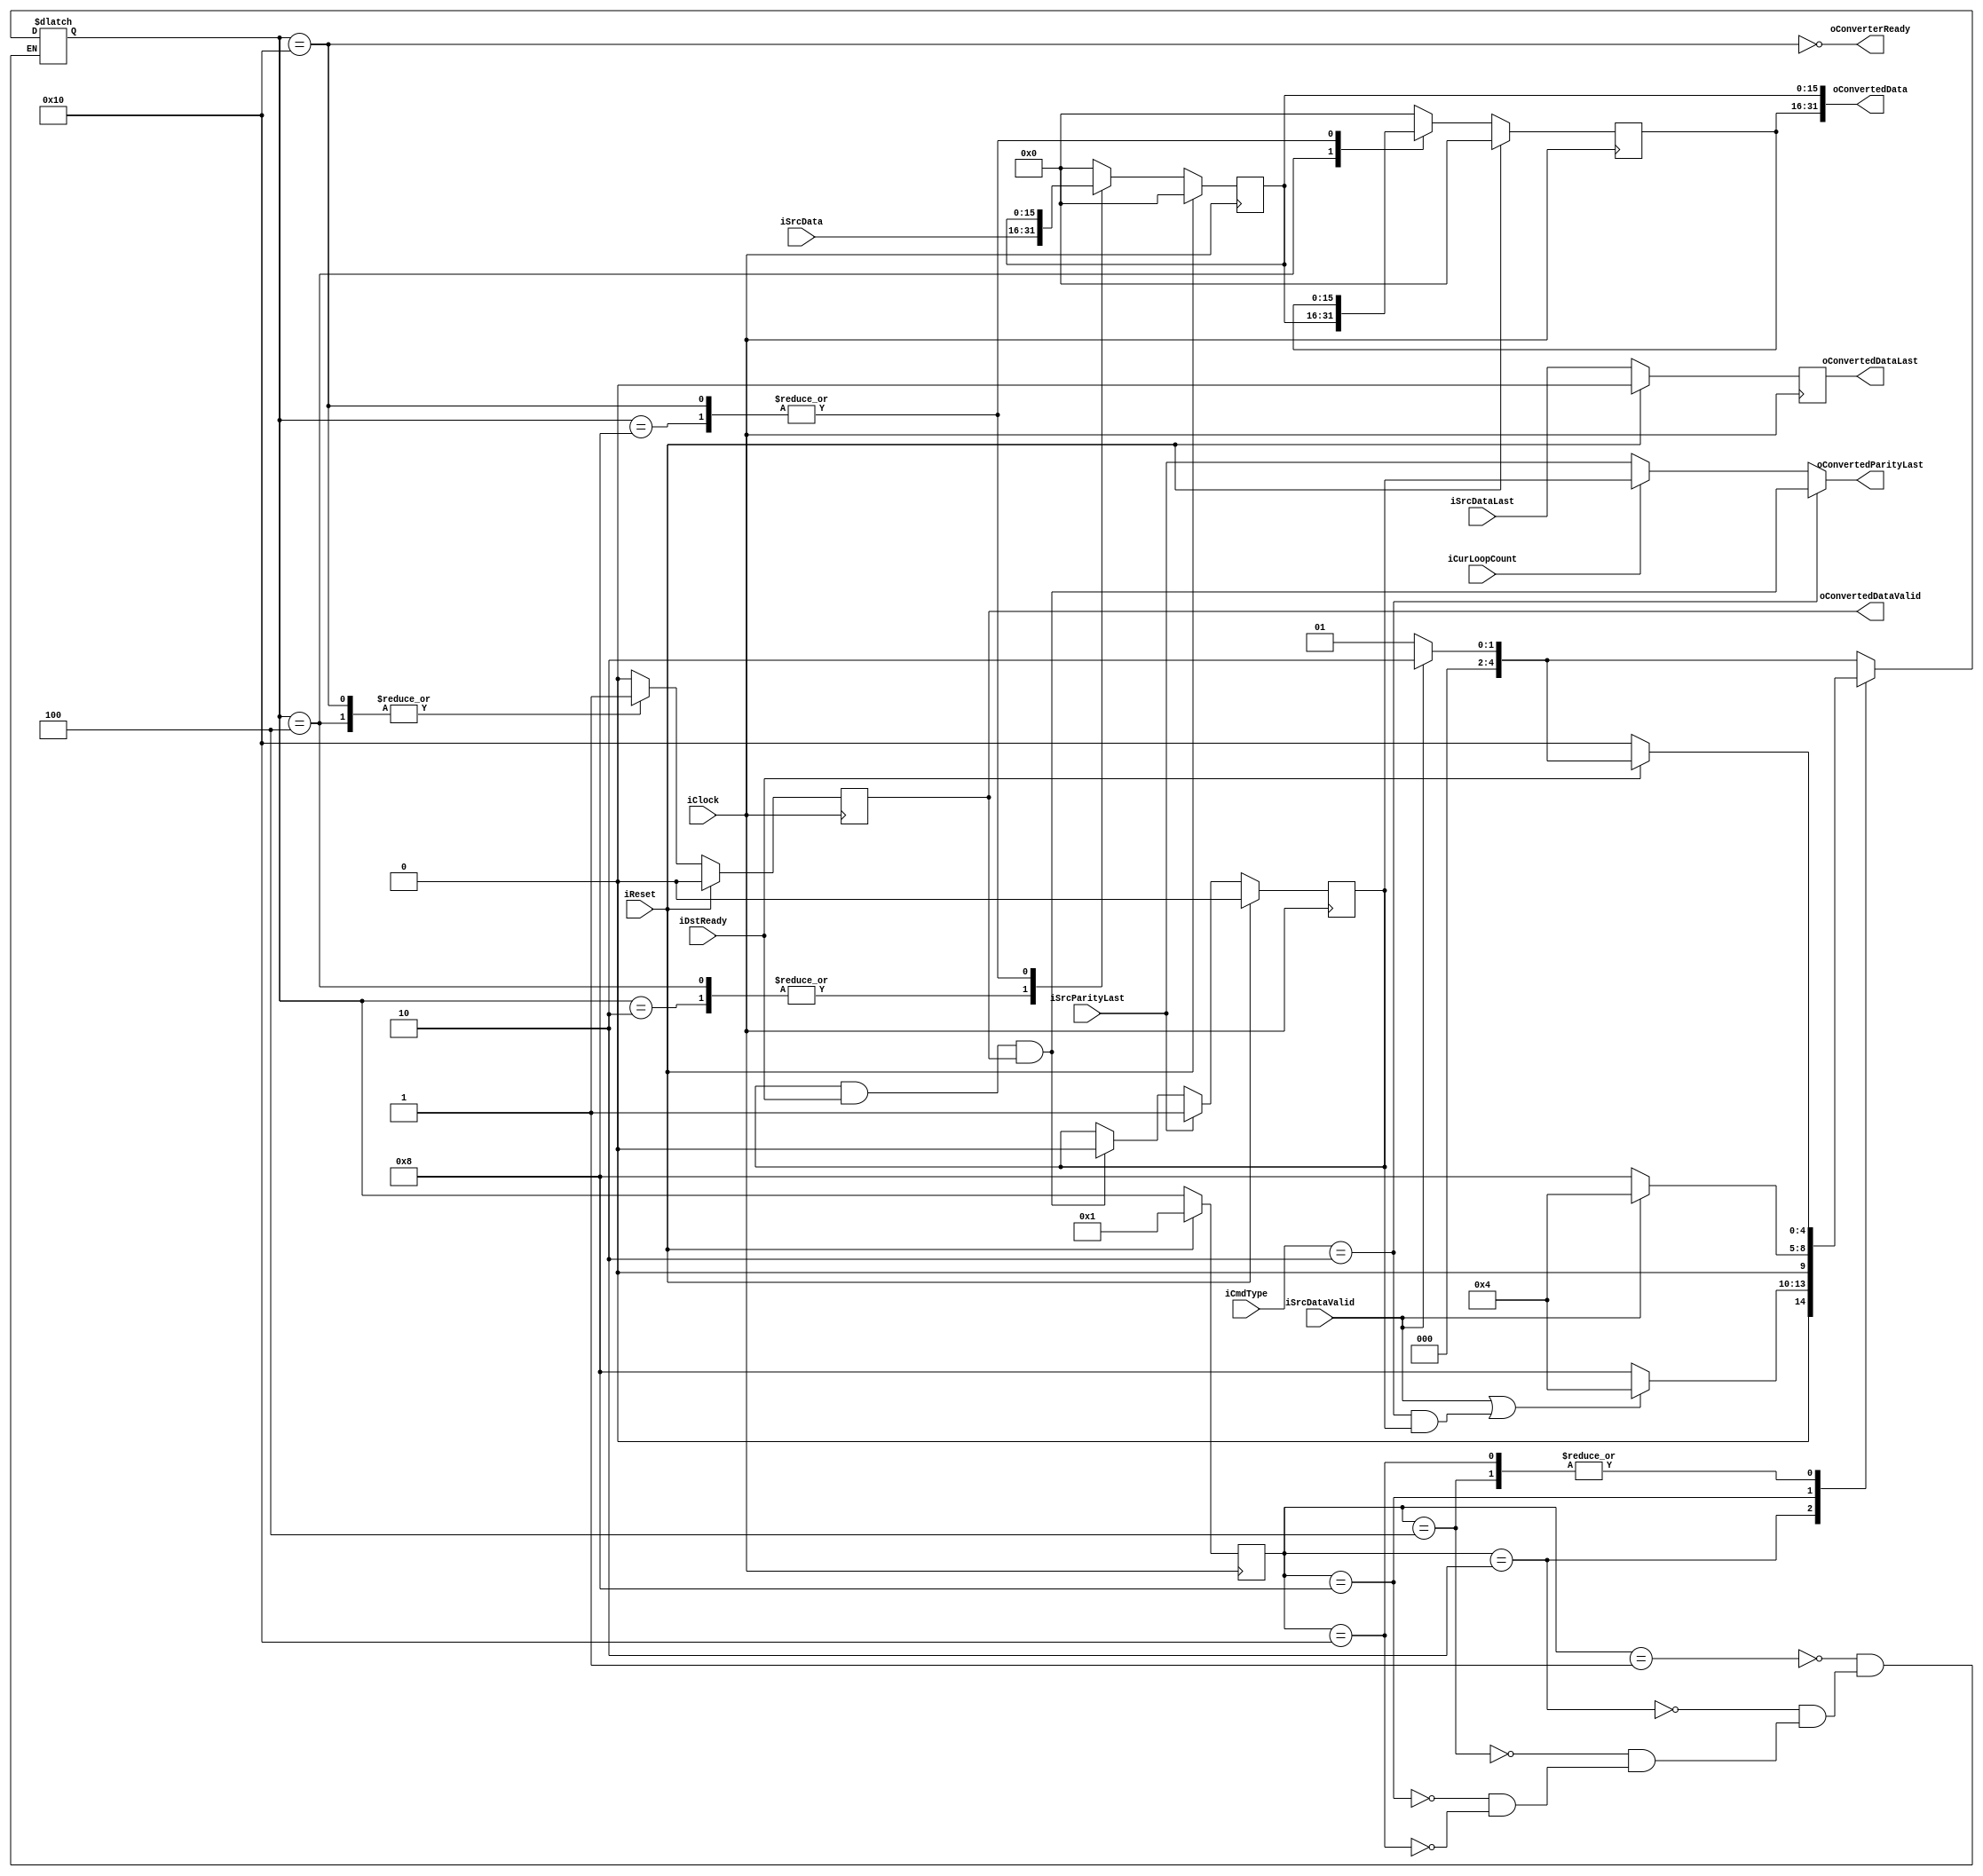
//////////////////////////////////////////////////////////////////////////////////
// EncWidthConverter16to32.v for Cosmos OpenSSD
// Copyright (c) 2015 Hanyang University ENC Lab.
// Contributed by Jinwoo Jeong <jwjeong@enc.hanyang.ac.kr>
//                Ilyong Jung <iyjung@enc.hanyang.ac.kr>
//                Yong Ho Song <yhsong@enc.hanyang.ac.kr>
//
// This file is part of Cosmos OpenSSD.
//
// Cosmos OpenSSD is free software; you can redistribute it and/or modify
// it under the terms of the GNU General Public License as published by
// the Free Software Foundation; either version 3, or (at your option)
// any later version.
//
// Cosmos OpenSSD is distributed in the hope that it will be useful,
// but WITHOUT ANY WARRANTY; without even the implied warranty of
// MERCHANTABILITY or FITNESS FOR A PARTICULAR PURPOSE.
// See the GNU General Public License for more details.
//
// You should have received a copy of the GNU General Public License
// along with Cosmos OpenSSD; see the file COPYING.
// If not, see <http://www.gnu.org/licenses/>. 
//////////////////////////////////////////////////////////////////////////////////

//////////////////////////////////////////////////////////////////////////////////
// Company: ENC Lab. <http://enc.hanyang.ac.kr>
//           Ilyong Jung <iyjung@enc.hanyang.ac.kr>
// 
// Project Name: Cosmos OpenSSD
// Design Name: Data width up converter
// Module Name: EncWidthConverter16to32
//
// Version: v1.0.0
//
// Description: Data width up converting unit for encoder
//
//////////////////////////////////////////////////////////////////////////////////

//////////////////////////////////////////////////////////////////////////////////
// Revision History:
//
// * v1.0.0
//   - first draft 
//////////////////////////////////////////////////////////////////////////////////
`timescale 1ns / 1ps

module EncWidthConverter16to32
#
(
    parameter   InputDataWidth  = 16,
    parameter   OutputDataWidth = 32
)
(
    iClock              ,
    iReset              ,
    iCurLoopCount       ,
    iCmdType            ,
    iSrcDataValid       ,
    iSrcDataLast        ,
    iSrcParityLast      ,
    iSrcData            ,
    oConverterReady     ,
    oConvertedDataValid ,
    oConvertedDataLast  ,
    oConvertedParityLast,
    oConvertedData      ,
    iDstReady       
);

    input                           iClock              ;
    input                           iReset              ;
    input                           iCurLoopCount       ;
    input   [1:0]                   iCmdType            ;
    input                           iSrcDataValid       ;
    input                           iSrcDataLast        ;
    input                           iSrcParityLast      ;
    input   [InputDataWidth - 1:0]  iSrcData            ;
    output                          oConverterReady     ;
    output                          oConvertedDataValid ;
    output                          oConvertedDataLast  ;
    output                          oConvertedParityLast;
    output  [OutputDataWidth - 1:0] oConvertedData      ;
    input                           iDstReady           ;
    
    reg     [InputDataWidth - 1:0]  rShiftRegister      ;
    reg     [InputDataWidth - 1:0]  rInputRegister      ;
    reg                             rConvertedDataValid ;
    reg                             rConvertedDataLast  ;
    reg                             rConvertedParityLast;
    
    localparam  State_Idle      = 5'b00001; 
    localparam  State_Input     = 5'b00010;
    localparam  State_Shift     = 5'b00100;
    localparam  State_InPause   = 5'b01000;
    localparam  State_OutPause  = 5'b10000;
    
    reg     [4:0]   rCurState;
    reg     [4:0]   rNextState;
    
    
    always @ (posedge iClock)
        if (iReset)
            rCurState <= State_Idle;
        else
            rCurState <= rNextState;
    
    always @ (*)
        case (rCurState)
        State_Idle:
            rNextState <= (iSrcDataValid) ? State_Input : State_Idle;
        State_Input:
            rNextState <= (iSrcDataValid) || ((iCmdType == 2'b10) && (rConvertedParityLast)) ? State_Shift : State_InPause;
        State_Shift:
            if (iDstReady)
            begin
                if (iSrcDataValid)
                    rNextState <= State_Input;
                else
                    rNextState <= State_Idle;
            end
            else
                rNextState <= State_OutPause;
        State_InPause:
            rNextState <= (iSrcDataValid) ? State_Shift : State_InPause;
        State_OutPause:
            if (iDstReady)
            begin
                if (iSrcDataValid)
                    rNextState <= State_Input;
                else
                    rNextState <= State_Idle;
            end
            else
                rNextState <= State_OutPause;
            
        endcase
       
    always @ (posedge iClock)
        if (iReset)
            begin
                rInputRegister <= 0;
                rShiftRegister <= 0;
            end
        else
            case (rNextState)
            State_Input:
                begin
                    rInputRegister <= iSrcData;
                    rShiftRegister <= 0;
                end
            State_Shift:
                begin
                    rInputRegister <= iSrcData;
                    rShiftRegister <= rInputRegister;
                end
            State_InPause:
                begin
                    rInputRegister <= rInputRegister;
                    rShiftRegister <= rShiftRegister;
                end
            State_OutPause:
                begin
                    rInputRegister <= rInputRegister;
                    rShiftRegister <= rShiftRegister;
                end
            default:
                begin
                    rInputRegister <= 0;
                    rShiftRegister <= 0;
                end
            endcase
        
    always @ (posedge iClock)
        if (iReset)
            rConvertedDataValid <= 0;
        else
            case (rNextState)
            State_Shift:
                rConvertedDataValid <= 1'b1;
            State_OutPause:
                rConvertedDataValid <= 1'b1;
            default:
                rConvertedDataValid <= 1'b0;
            endcase            
    
    always @ (posedge iClock)
        if (iReset)
            rConvertedParityLast <= 0;
        else
            if (iSrcParityLast)
                rConvertedParityLast <= 1'b1;
            else if (rConvertedParityLast & iDstReady & oConvertedDataValid)
                rConvertedParityLast <= 1'b0;
    
    always @ (posedge iClock)
        if (iReset)
            rConvertedDataLast <= 0;
        else
            rConvertedDataLast <= iSrcDataLast;
    
    assign oConvertedData = {rShiftRegister, rInputRegister};
    assign oConvertedDataValid = rConvertedDataValid;
    assign oConverterReady = !(rNextState == State_OutPause);
    assign oConvertedParityLast =   (iCmdType == 2'b10) ? rConvertedParityLast & iDstReady & oConvertedDataValid : 
                                    (iCurLoopCount)     ? rConvertedParityLast : iSrcParityLast;
    assign oConvertedDataLast = rConvertedDataLast;

endmodule